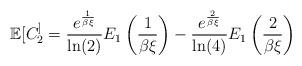
LaTeX: \begin{align*}\mathbb{E}[ C_2^ ] = \frac{e^{\frac{1}{\beta\xi}}}{\ln(2)}E_1\left(\frac{1}{\beta\xi}\right) - \frac{e^{\frac{2}{\beta\xi}}}{\ln(4)} E_1\left(\frac{2}{\beta\xi}\right)\end{align*}